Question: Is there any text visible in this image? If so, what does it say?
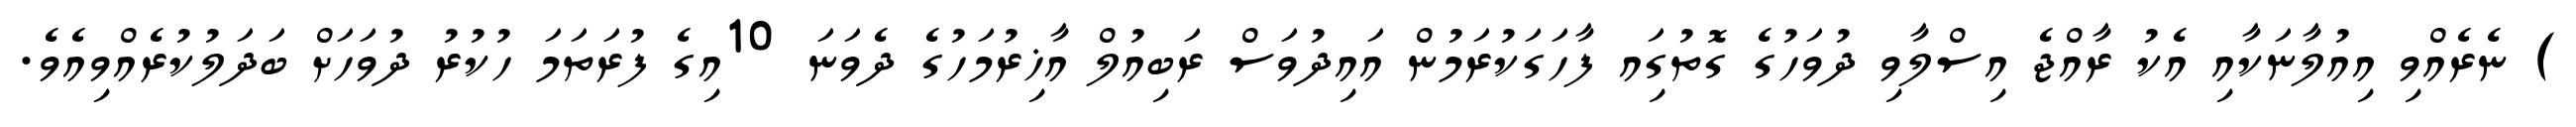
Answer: ) ނެރެއްވި އިއުލާނަކާއި އެކު ރާއްޖެ އިސްލާވި ދުވަހުގެ ގޮތުގަިއ ފާހަގަކުރަމުން އައިދުވަސް ރަބިއުލް އާޚިރުމަހުގެ ދެވަނަ 10އިގެ ފުރަތަމަ ހުކުރު ދުވަހަށް ބަދަލުކުރެއްވިއެވެ.